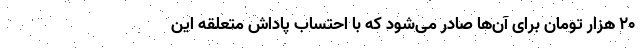
۲۰ هزار تومان برای آن‌ها صادر می‌شود که با احتساب پاداش متعلقه این